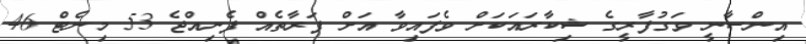
އިންސާނީ ވަގުފާރީގެ ޝިކާރައަކަށް ވެފައިވާ އަށް ފަރާތެއް ފެނިއްޖެ 53 މިނެޓް 46